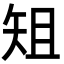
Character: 𮀀